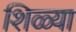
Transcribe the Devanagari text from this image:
शिळ्या